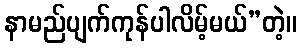
နာမည်ပျက်ကုန်ပါလိမ့်မယ်”တဲ့။